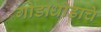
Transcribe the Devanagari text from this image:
गोडाधोडाचे